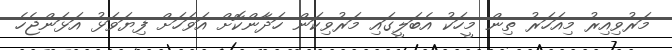
މަރުވިއިރު މިއަހަރު ތިން މީހަކު އެބަލީގައި މަރުވިކަން ހަދާންކޮށް އަވަހަށް ފިޔަވަޅު އަޅަންޖެހެ